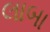
લાબા